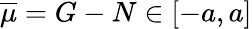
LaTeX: \overline{{\mu}}=G-N\in[-a,a]